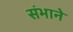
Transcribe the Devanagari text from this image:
संभाने